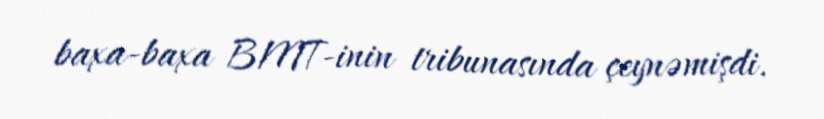
baxa-baxa BMT-inin tribunasında çeynəmişdi.